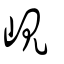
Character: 峴